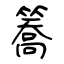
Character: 簥